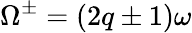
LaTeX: \Omega^{\pm}=(2q\pm 1)\omega